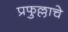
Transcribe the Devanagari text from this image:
प्रफुल्लाचे